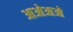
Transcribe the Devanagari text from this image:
आओआओ